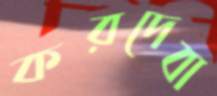
করদেবা